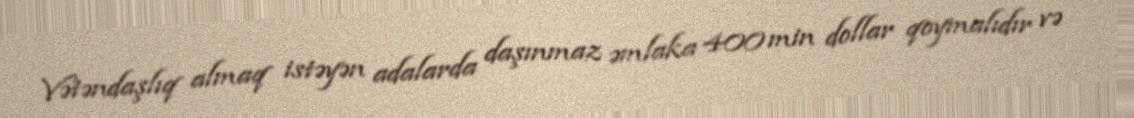
Vətəndaşlıq almaq istəyən adalarda daşınmaz əmlaka 400 min dollar qoymalıdır və